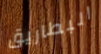
البطاريق